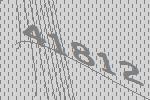
41812